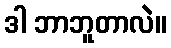
ဒါ ဘာဘူတာလဲ။